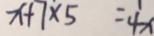
x + 7 \times 5 = 4 x